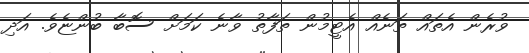
ވުރެން އެތައް ތަނެއް އެޓީމުން ތަފާތު ވާނެ ކަމަށް ސޮބާ ބުންޏެވެ. އަދި